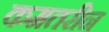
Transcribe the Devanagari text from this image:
कमतरीन